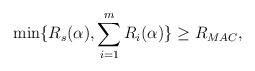
LaTeX: \begin{align*}\min\{R_s (\alpha), \sum_{i=1}^m R_i(\alpha)\} \geq R_{MAC},\end{align*}